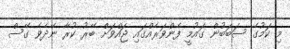
މި ކަމުގެ ސަބަބުން ގައުމީ ފެންވަރެއްގައި ޖައްވަށް ބޭރު ކުރާ ނޭދެވެ ގޭސް